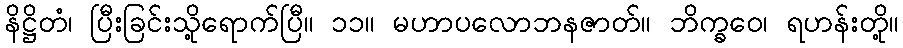
နိဋ္ဌိတံ၊ ပြီးခြင်းသို့ရောက်ပြီ။ ၁၁။ မဟာပလောဘနဇာတ်။ ဘိက္ခဝေ၊ ရဟန်းတို့။